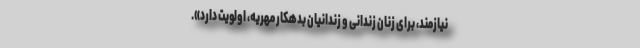
نیازمند، برای زنان زندانی و زندانیان بدهکار مهریه، اولویت دارد».